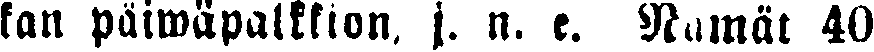
kan päiwäpalkkion. j. n. e. Nämät 40